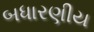
બધારણીય